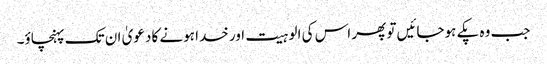
جب وہ پکے ہوجائیں تو پھر اس کی الوہیت اور خدا ہونے کا دعویٰ ان تک پہنچاؤ۔